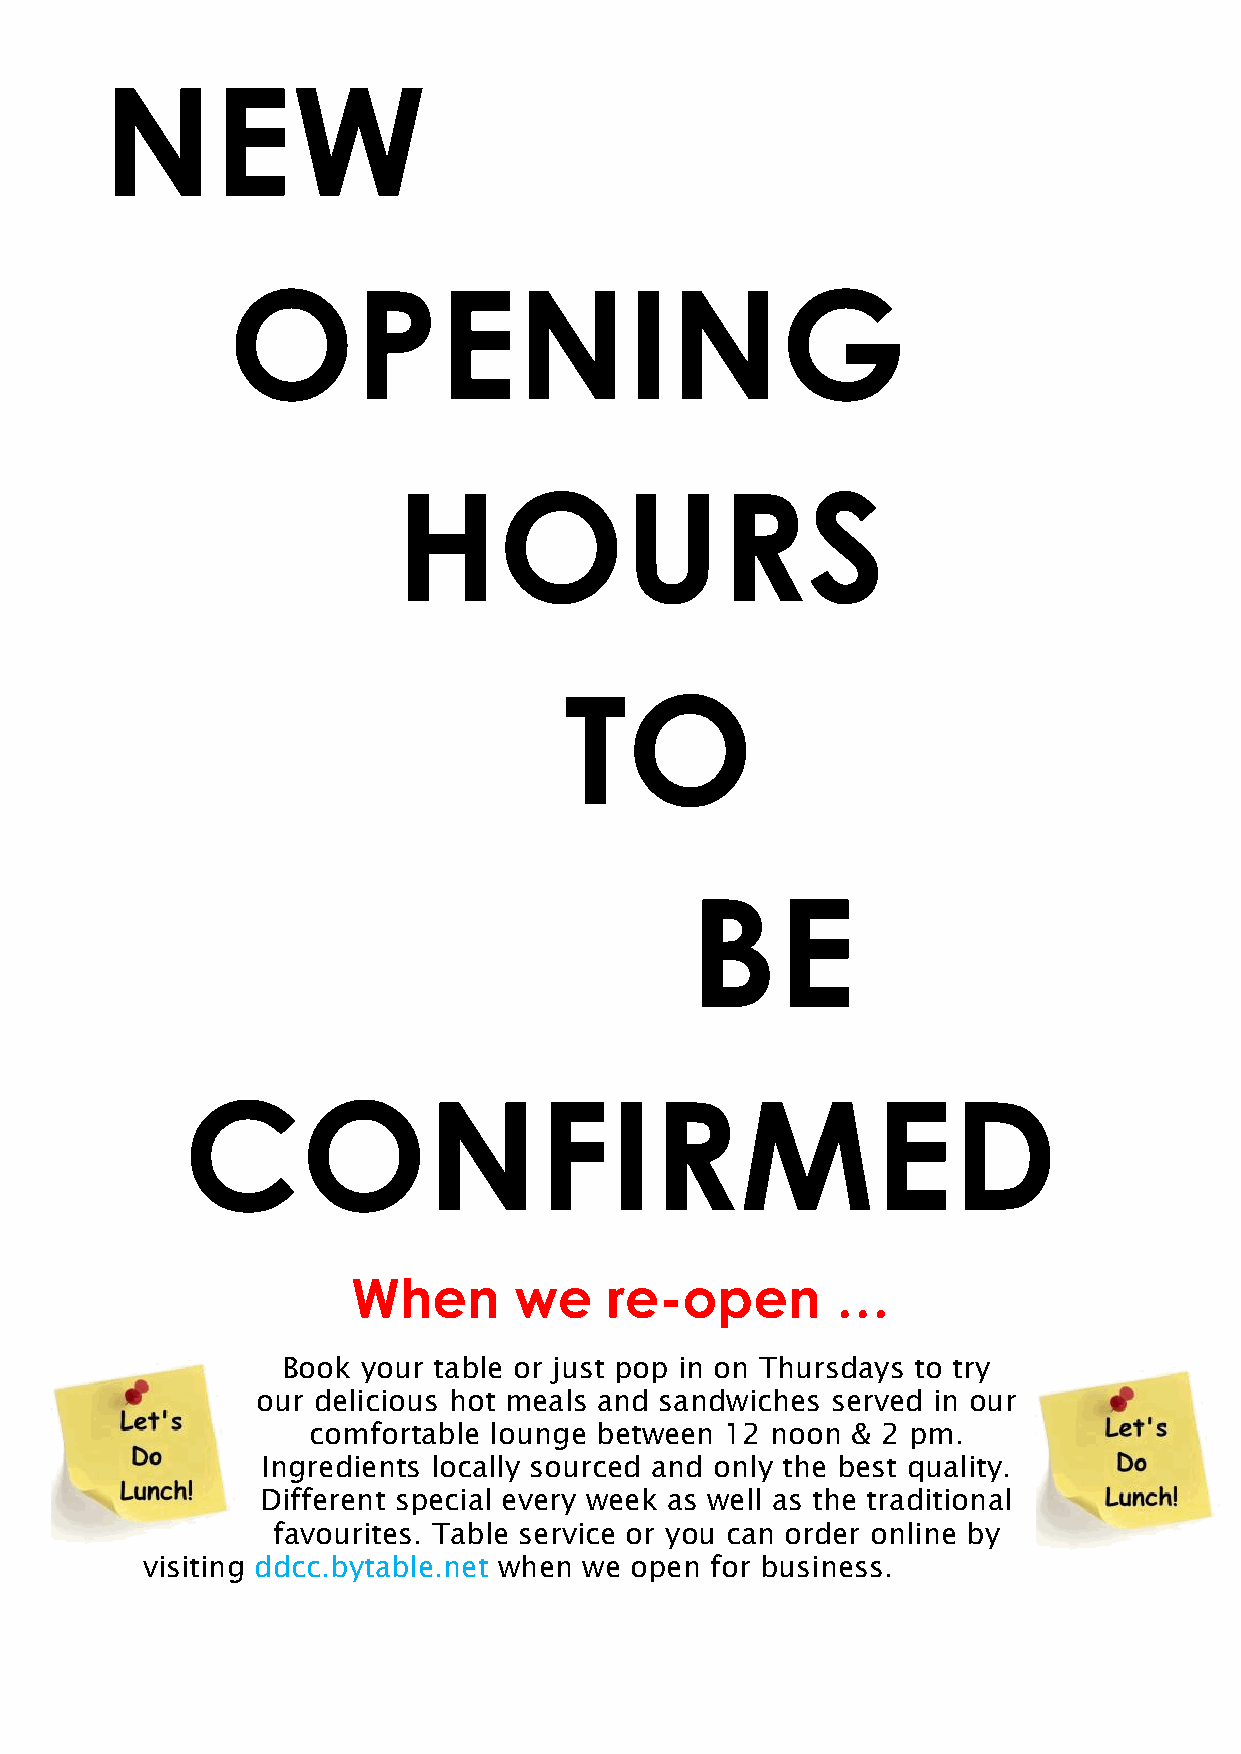
NEW
 OPENING
 HOURS
 TO
 BE
 CONFIRMED
 When       we    re-open        …
 Book your table or just pop in on Thursdays to try
 our delicious hot meals and sandwiches served in our
 comfortable lounge between  12 noon & 2 pm.
 Ingredients locally sourced and only the best quality.
 Different special every week as well as the traditional
 favourites. Table service or you can order online by
 visiting ddcc.bytable.net when we open for business.